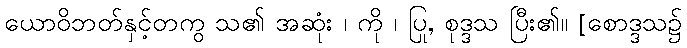
ယောဝိဘတ်နှင့်တကွ သ၏ အဆုံး ၊ ကို ၊ ပြု, စုဒ္ဒသ ပြီး၏။ [စောဒ္ဒသ၌